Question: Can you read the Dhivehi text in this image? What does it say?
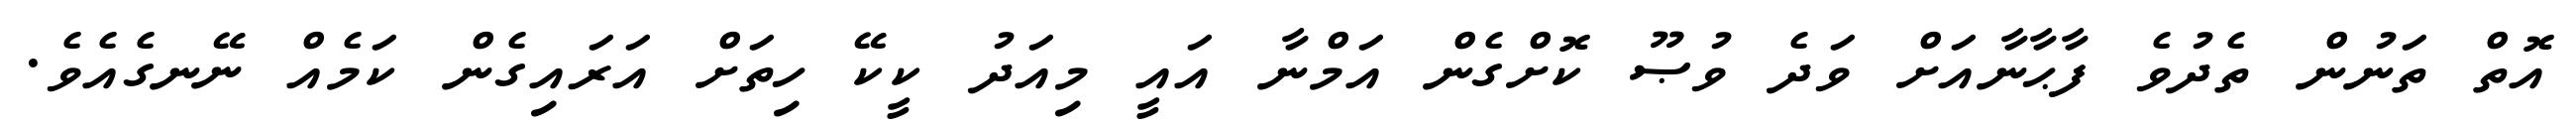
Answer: އޮތް ތަނުން ތެދުވެ ފާޙާނާއަށް ވަދެ ވުޞޫ ކޮށްގެން އަމްނާ އައީ މިއަދު ކީކޭ ހިތަށް އަރައިގެން ކަމެއް ނޭނގެއެވެ.